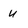
Character: u